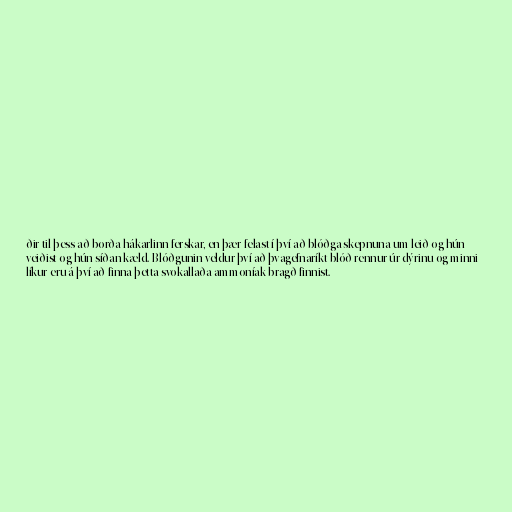
ðir til þess að borða hákarlinn ferskar, en þær felast í því að blóðga skepnuna um leið og hún
veiðist og hún síðan kæld. Blóðgunin veldur því að þvagefnaríkt blóð rennur úr dýrinu og minni
líkur eru á því að finna þetta svokallaða ammoníak bragð finnist.